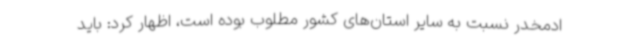
ادمخدر نسبت به سایر استان‌های کشور مطلوب بوده است، اظهار کرد: باید